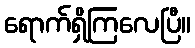
ရောက်ရှိကြလေပြီ။